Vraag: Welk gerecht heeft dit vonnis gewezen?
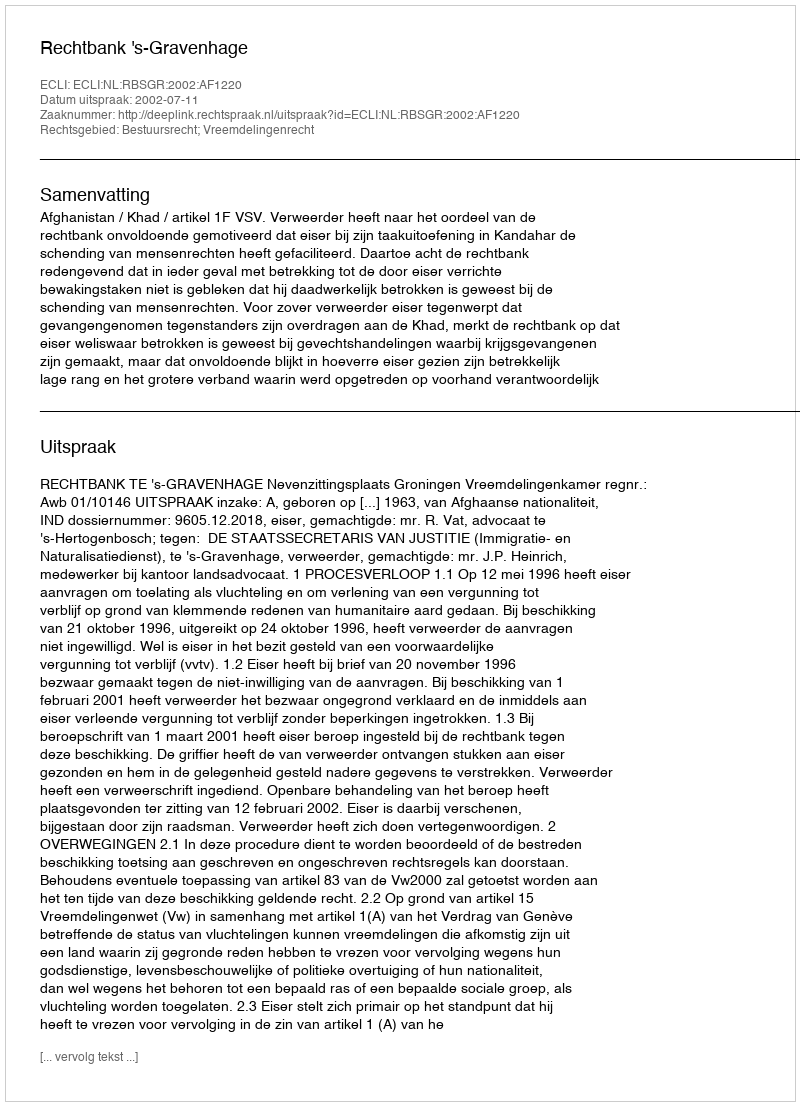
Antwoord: Rechtbank 's-Gravenhage